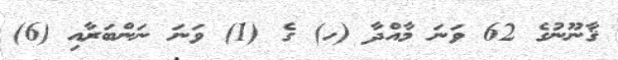
ޤާނޫނުގެ 62 ވަނަ މާއްދާ (ހ) ގެ (1) ވަނަ ނަންބަރާއި (6)